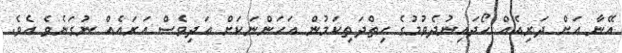
އޭނާ އަށް ދަރިއެއް ހޯދައިނުދެވުމުގެ ހިތްދަތިކަމުން އަހަންނަކަށް އަދިވެސް އަރައެއް ނުގަނެވެ އެވެ.